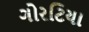
ગોરટિયા